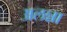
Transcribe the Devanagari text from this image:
अलन्ना